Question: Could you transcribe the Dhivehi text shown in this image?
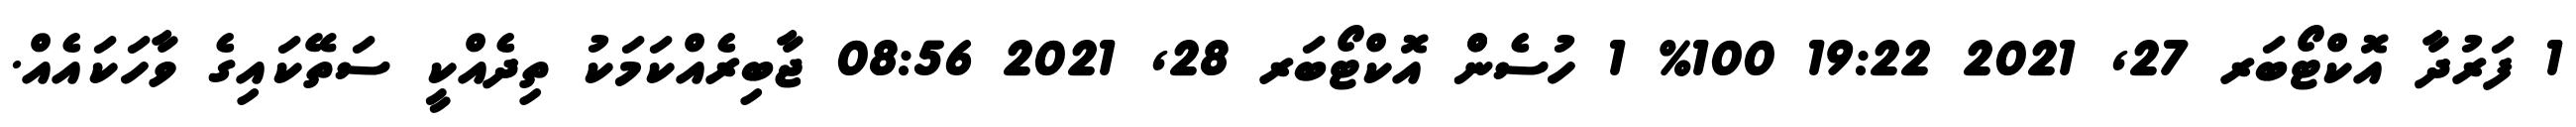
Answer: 1 ފަރުދާ އޮކްޓޯބަރ 27, 2021 19:22 100% 1 ހުސެންް އޮކްޓޯބަރ 28, 2021 08:56 ޖާބިރެއްކަމަކު ތިދެއްކީ ސަތޭކައިގެ ވާހަކައެއް.